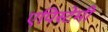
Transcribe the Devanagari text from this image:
एपिस्टेमी